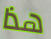
هذا